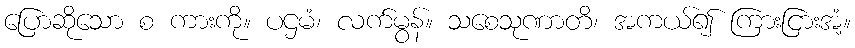
ပြောဆိုသော စ ကားကို။ ပဌမံ၊ လက်မွန်။ သစေသုဏာတိ၊ အကယ်၍ ကြားငြားအံ့။